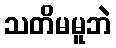
သတိမမူဘဲ